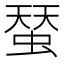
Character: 蝅